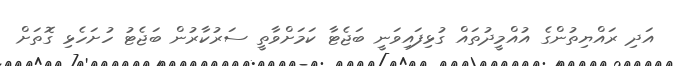
އަދި ރައްޔިތުންގެ އުއްމީދުތައް ގުޅިފައިވަނީ ބަޖެޓާ ކަމަށްވާތީ ސަރުކާރުން ބަޖެޓު ހުށަހެޅި ގޮތަށް